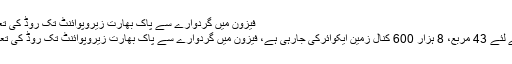
فیزون میں گردوارے سے پاک بھارت زیروپوائنٹ تک روڈ کی تعمیرشامل ہیں
منصوبے کے لئے 43 مربع، 8 ہزار 600 کنال زمین ایکوائرکی جارہی ہے، فیزون میں گردوارے سے پاک بھارت زیروپوائنٹ تک روڈ کی تعمیرشامل ہیں۔